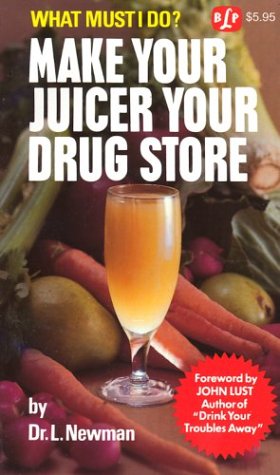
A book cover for Make Your Juicer Your Drug Store; Laura D. Newman; Cookbooks, Food & Wine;